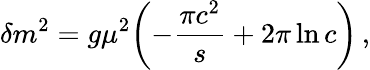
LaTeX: \delta m^{2}=g\mu^{2}\biggl(-\frac{\pi c^{2}}{s}+2\pi\ln c\biggr)\, ,